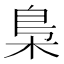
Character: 梟